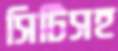
সিটিসহ